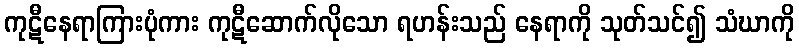
ကုဋီနေရာကြားပုံကား ကုဋီဆောက်လိုသော ရဟန်းသည် နေရာကို သုတ်သင်၍ သံဃာကို